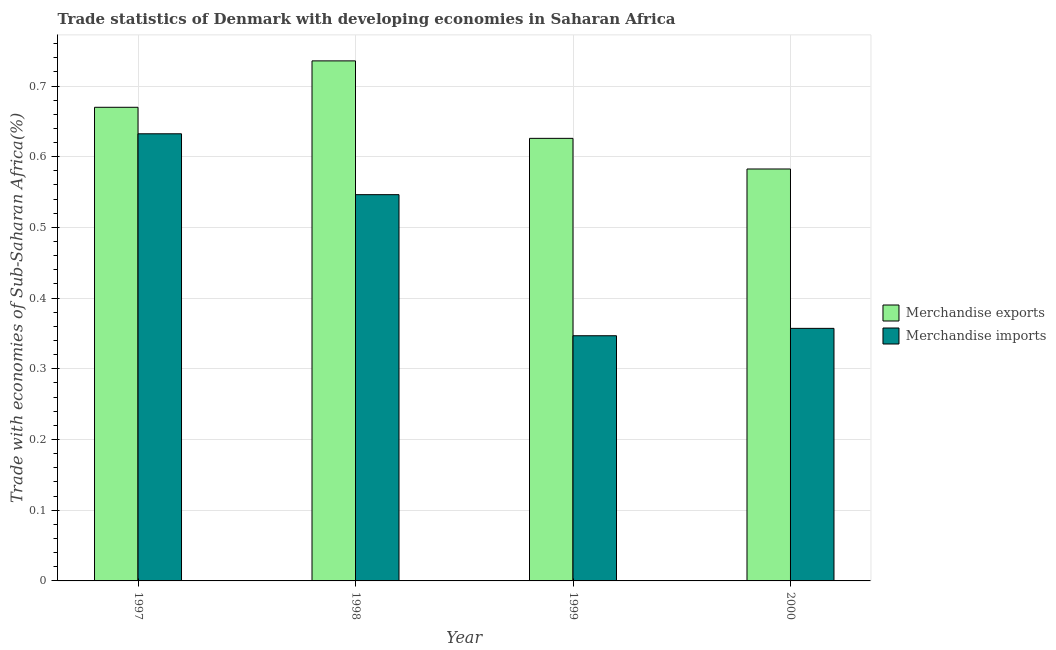
| Year | Merchandise exports | Merchandise imports |
 | --- | --- | --- |
 | 1997 | 0.67 | 0.632 |
 | 1998 | 0.736 | 0.546 |
 | 1999 | 0.626 | 0.347 |
 | 2000 | 0.583 | 0.357 |